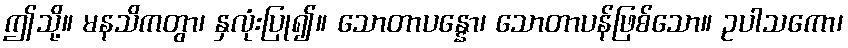
ဤသို့။ မနသိကတွာ၊ နှလုံးပြု၍။ သောတာပန္နော၊ သောတာပန်ဖြစ်သော။ ဥပါသကော၊